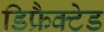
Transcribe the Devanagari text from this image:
डिफ्रैक्टेड